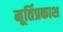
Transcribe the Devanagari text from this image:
मूर्तिप्रकाश